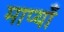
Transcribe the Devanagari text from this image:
माप्याँ